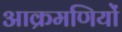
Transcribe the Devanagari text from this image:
आक्रमणियों